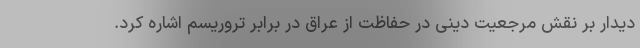
دیدار بر نقش مرجعیت دینی در حفاظت از عراق در برابر تروریسم اشاره کرد.